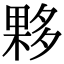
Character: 夥